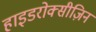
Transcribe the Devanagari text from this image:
हाइडरोक्सीज़िन